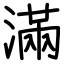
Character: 滿